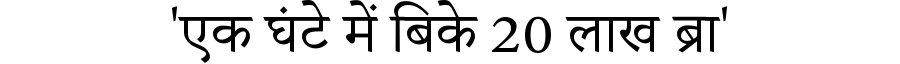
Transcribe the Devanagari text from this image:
'एक घंटे में बिके 20 लाख ब्रा'